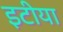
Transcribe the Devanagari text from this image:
इटीया